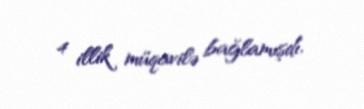
4 illik müqavilə bağlamışdı.